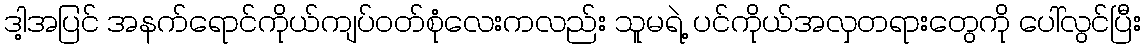
ဒါ့အပြင် အနက်ရောင်ကိုယ်ကျပ်ဝတ်စုံလေးကလည်း သူမရဲ့ ပင်ကိုယ်အလှတရားတွေကို ပေါ်လွင်ပြီး